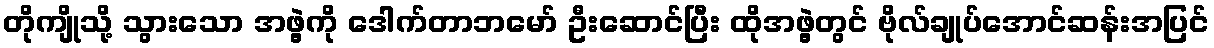
တိုကျိုသို့ သွားသော အဖွဲ့ကို ဒေါက်တာဘမော် ဦးဆောင်ပြီး ထိုအဖွဲ့တွင် ဗိုလ်ချုပ်အောင်ဆန်းအပြင်